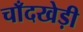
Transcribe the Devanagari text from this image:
चाँदखेड़ी